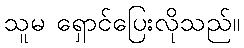
သူမ ရှောင်ပြေးလိုသည်။